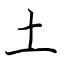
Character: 土